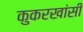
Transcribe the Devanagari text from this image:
कुकरखांसी